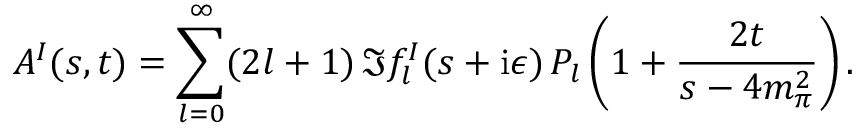
A ^ { I } ( s , t ) = \sum _ { l = 0 } ^ { \infty } ( 2 l + 1 ) \, \Im f _ { l } ^ { I } ( s + \mathrm { i } \epsilon ) \, P _ { l } \left( 1 + { \frac { 2 t } { s - 4 m _ { \pi } ^ { 2 } } } \right) .